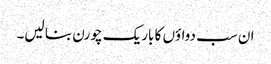
ان سب دواؤں کا باریک چورن بنا لیں۔